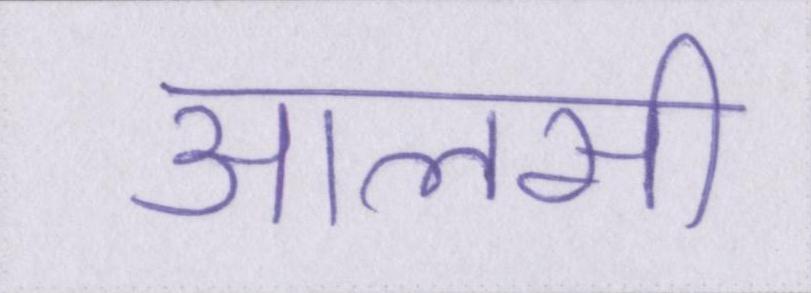
आलसी